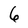
Character: 6